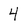
Character: 4